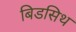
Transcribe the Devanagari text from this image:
बिडसिथ